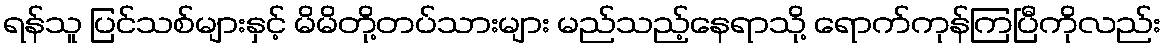
ရန်သူ ပြင်သစ်များနှင့် မိမိတို့တပ်သားများ မည်သည့်နေရာသို့ ရောက်ကုန်ကြပြီကိုလည်း